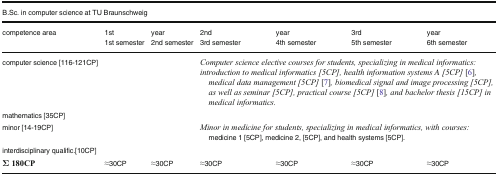
| <COLSPAN=7> B.Sc. in computer science at TU Braunschweig |
 | <ROWSPAN=2> competence area | 1st | year | 2nd | year | 3rd | year |
 | 1st semester | 2nd semester | 3rd semester | 4th semester | 5th semester | 6th semester |
 | --- | --- | --- | --- | --- | --- | --- |
 | computer science [116-121CP] |  |  | <COLSPAN=4> Computer science elective courses for students, specializing in medical informatics:introduction to medical informatics [5CP], health information systems A [5CP] [6], medical data management [5CP] [7], biomedical signal and image processing [5CP], as well as seminar [5CP], practical course [5CP] [8], and bachelor thesis [15CP] in medical informatics. |
 | mathematics [35CP] |  |  |  |  |  |  |
 | minor [14-19CP] |  |  | <COLSPAN=4> Minor in medicine for students, specializing in medical informatics, with courses:medicine 1 [5CP], medicine 2, [5CP], and health systems [5CP]. |
 | interdisciplinary qualific.[10CP] |  |  |  |  |  |  |
 | Σ180CP | ≈30CP | ≈30CP | ≈30CP | ≈30CP | ≈30CP | ≈30CP |